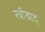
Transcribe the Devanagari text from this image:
स्त्रीवाद्